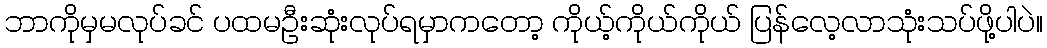
ဘာကိုမှမလုပ်ခင် ပထမဦးဆုံးလုပ်ရမှာကတော့ ကိုယ့်ကိုယ်ကိုယ် ပြန်လေ့လာသုံးသပ်ဖို့ပါပဲ။